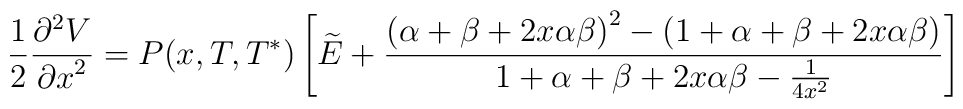
{ {1 \over 2} {{{\partial}^2 V} \over {\partial x}^2} = P(x,T,T^*) \left[ \widetilde{E} + {{{\left( \alpha + \beta + 2 x \alpha \beta  \right)}^2 - \left( 1 + \alpha + \beta + 2 x \alpha \beta \right)} \over {1 + \alpha + \beta + 2 x \alpha \beta - {1 \over {4 x^2}}}} \right] }